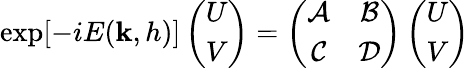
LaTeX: \exp[-iE(\mathbf{k},h)]\left(\begin{array}{c}{U}\\ {V}\end{array}\right)=\left(\begin{array}{cc}{\mathcal{A}}&{\mathcal{B}}\\ {\mathcal{C}}&{\mathcal{D}}\end{array}\right)\left(\begin{array}{c}{U}\\ {V}\end{array}\right)